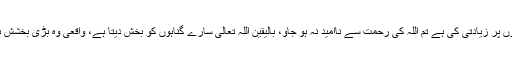
جنہوں نے اپنی جانوں پر زیادتی کی ہے تم اللہ کی رحمت سے ناامید نہ ہو جاؤ، بالیقین اللہ تعالیٰ سارے گناہوں کو بخش دیتا ہے، واقعی وه بڑی بخشش بڑی رحمت والاہے۔